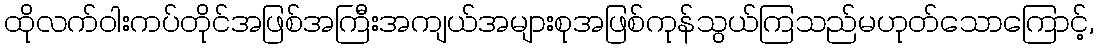
ထိုလက်ဝါးကပ်တိုင်အဖြစ်အကြီးအကျယ်အများစုအဖြစ်ကုန်သွယ်ကြသည်မဟုတ်သောကြောင့်,